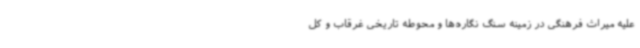
علیه میراث فرهنگی در زمینه سنگ نگاره‌ها و محوطه تاریخی غرقاب و کل